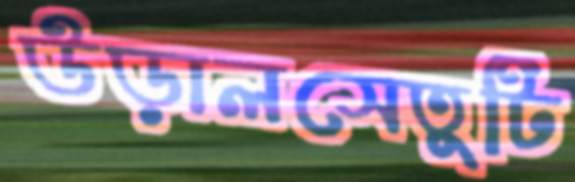
উড়ালসেতুটি